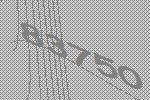
83750